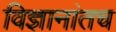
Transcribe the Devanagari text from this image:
विज्ञानांतच